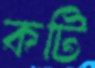
কটি